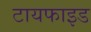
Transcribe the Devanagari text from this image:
टायफाइड